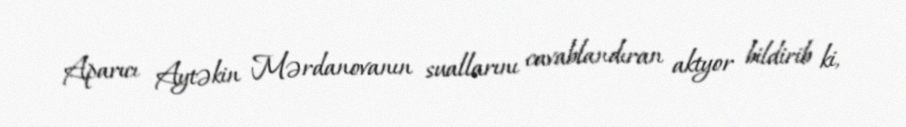
Aparıcı Aytəkin Mərdanovanın suallarını cavablandıran aktyor bildirib ki,